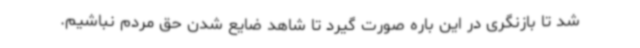
شد تا بازنگری در این باره صورت گیرد تا شاهد ضایع شدن حق مردم نباشیم.